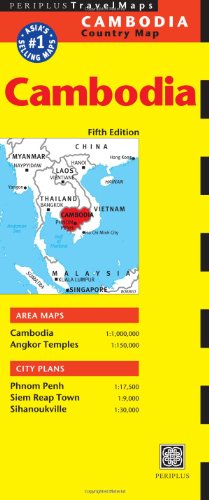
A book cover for Cambodia Travel Map Fifth Edition; Travel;